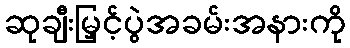
ဆုချီးမြှင့်ပွဲအခမ်းအနားကို